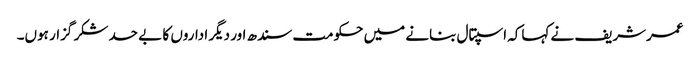
عمرشریف نے کہاکہ اسپتال بنانے میں حکومت سندھ اور دیگر اداروں کا بے حد شکر گزار ہوں۔